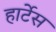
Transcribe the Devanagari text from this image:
हार्टेस